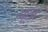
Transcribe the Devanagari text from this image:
फ्ज